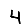
Digit: 4